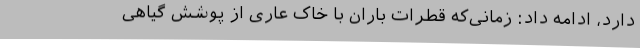
دارد، ادامه داد:‌ زمانی‌که قطرات باران با خاک عاری از پوشش گیاهی